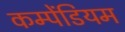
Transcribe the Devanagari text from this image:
कम्पेंडियम